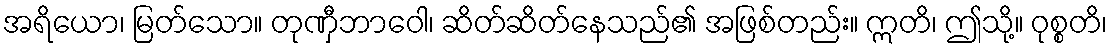
အရိယော၊ မြတ်သော။ တုဏှီဘာဝေါ၊ ဆိတ်ဆိတ်နေသည်၏ အဖြစ်တည်း။ ဣတိ၊ ဤသို့။ ဝုစ္စတိ၊